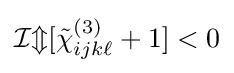
{\mathcal {Im}}[{\tilde {\chi }}_{ijk\ell }^{(3)}+1]<0